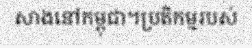
សាងនៅកម្ពុជា។ប្រតិកម្មរបស់